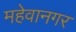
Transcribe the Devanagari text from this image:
महेवानगर